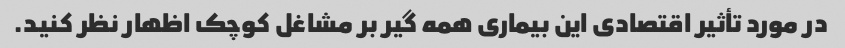
در مورد تأثیر اقتصادی این بیماری همه گیر بر مشاغل کوچک اظهار نظر کنید.